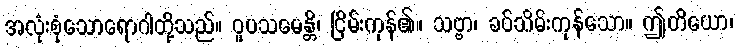
အလုံးစုံသောရောဂါတို့သည်။ ဝူပသမေန္တိ၊ ငြိမ်းကုန်၏။ သဗ္ဗာ၊ ခပ်သိမ်းကုန်သော။ ဤတိယော၊